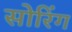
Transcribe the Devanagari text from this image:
सोरिंग